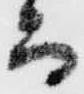
而